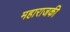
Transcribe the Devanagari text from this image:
महाराजकी